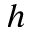
h